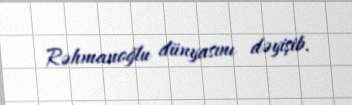
Rəhmanoğlu dünyasını dəyişib.